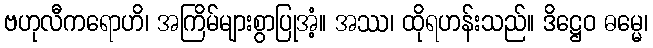
ဗဟုလီကရောဟိ၊ အကြိမ်များစွာပြုအံ့။ အဿ၊ ထိုရဟန်းသည်။ ဒိဋ္ဌေဝ ဓမ္မေ၊